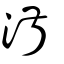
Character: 淑